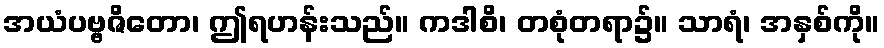
အယံပဗ္ဗဇိတော၊ ဤရဟန်းသည်။ ကဒါစိ၊ တစုံတရာ၌။ သာရံ၊ အနှစ်ကို။